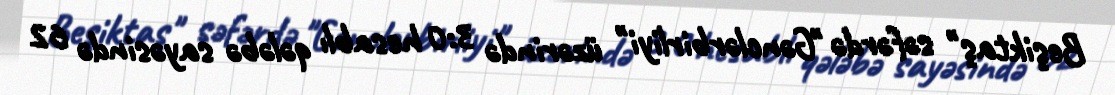
Beşiktaş" səfərdə "Gənclərbirliyi" üzərində 3:0 hesablı qələbə sayəsində 62